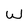
Character: W